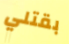
بقتلي